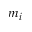
m _ { i }